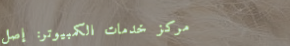
مركز خدمات الكمبيوتر: إصل